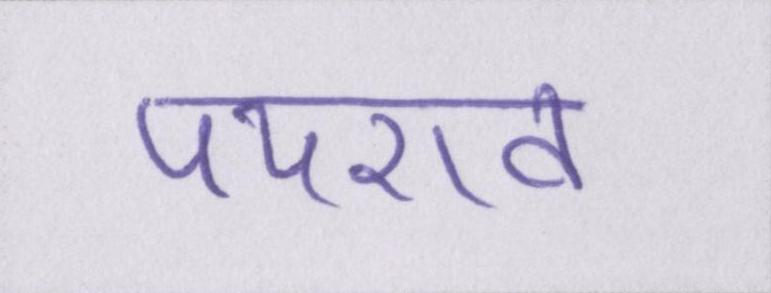
पथराव